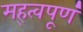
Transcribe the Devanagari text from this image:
मह्त्वपूण॑